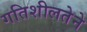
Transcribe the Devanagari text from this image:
गतिशीलतेने